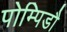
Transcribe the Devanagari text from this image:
पोम्पिडौ